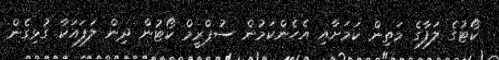
ކޯޓުގެ ލަފާގެ މަތިން ކަމަށާއި އެހެންކަމުން ސުޕްރީމް ކޯޓުން ދިން ލަފައަކާ ގުޅިގެން